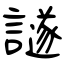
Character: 譢